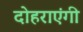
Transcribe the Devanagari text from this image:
दोहराएंगी